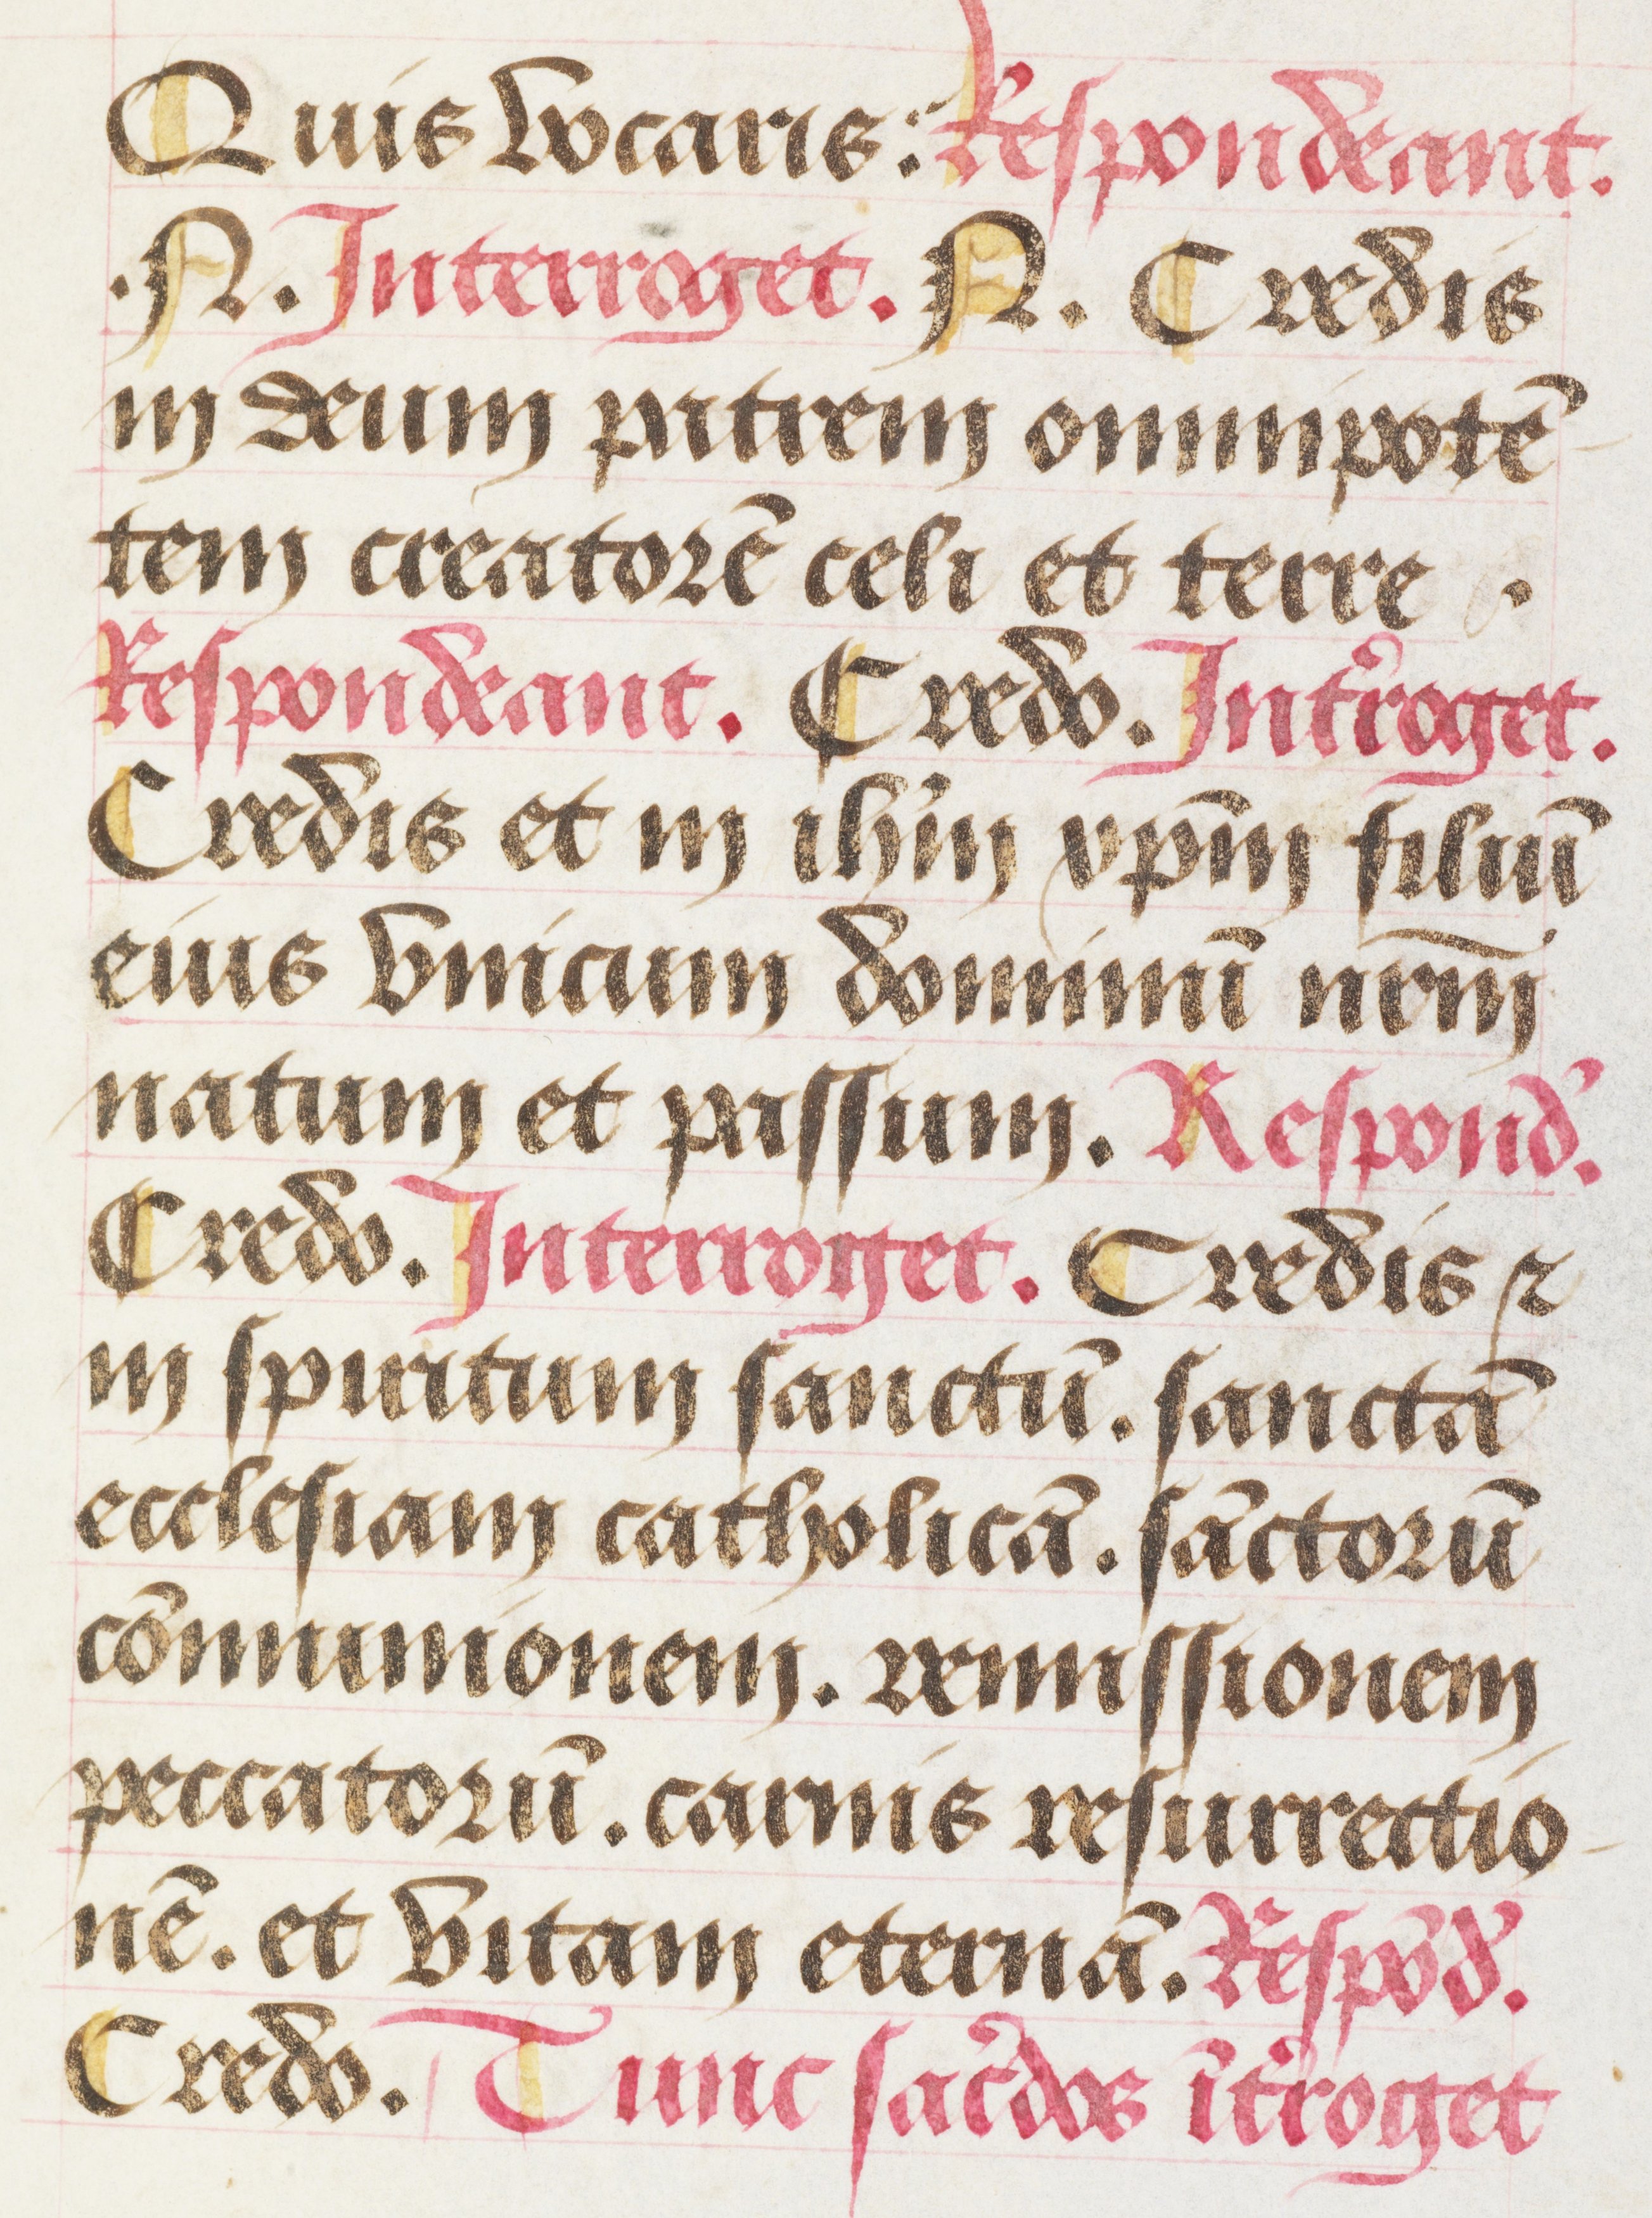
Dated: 1463–1498